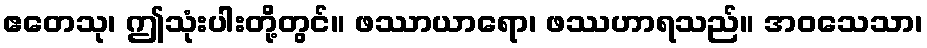
ဧတေသု၊ ဤသုံးပါးတို့တွင်။ ဖဿာယာရော၊ ဖဿဟာရသည်။ အဝသေသာ၊